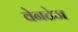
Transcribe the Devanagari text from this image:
वेनटेज